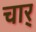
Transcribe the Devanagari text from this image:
चार्